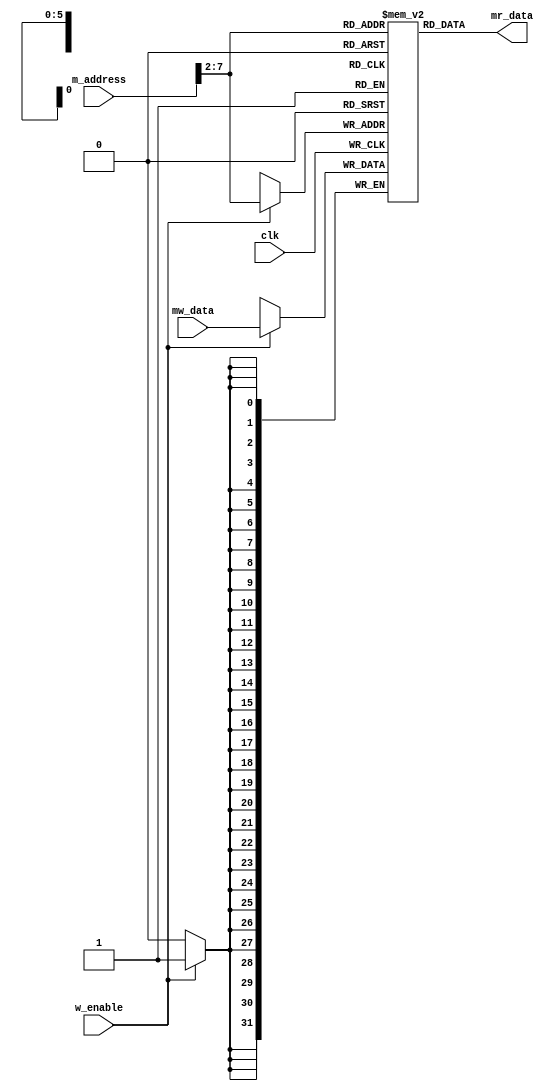

// Module DataMemory 
//  Memria de Dados
// *teste: Waveform1


module DataMemory(input  wire clk,
						input  wire w_enable,
						input  wire [31:0] m_address,
						input  wire [31:0] mw_data,
					   output wire [31:0] mr_data);

  reg [31:0] RAM[63:0];

  assign mr_data = RAM[m_address[31:2]];  // word aligned

  always @(posedge clk)
  begin
    if (w_enable) 
		RAM[m_address[31:2]] <= mw_data;
  end
		
		

endmodule